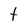
Character: t